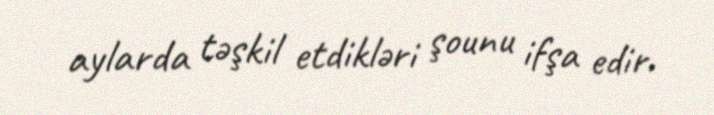
aylarda təşkil etdikləri şounu ifşa edir.